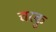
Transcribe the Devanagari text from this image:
चरकु